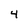
Character: 4